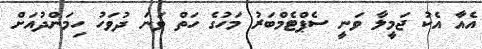
އެއާ އެކު ޖަމީލާ ވަނީ ސެޕްޓެމްބަރު މަހުގެ ހަތް ވަނަ ދުވަހު ހިމަންދުއަށް